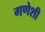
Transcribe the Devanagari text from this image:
गणेशी